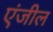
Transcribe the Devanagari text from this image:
एंजील